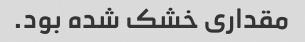
مقداری خشک شده بود.